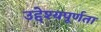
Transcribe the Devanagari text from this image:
उद्देश्यपूर्णता